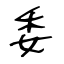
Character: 委